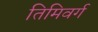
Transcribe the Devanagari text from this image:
तिमिवर्ग